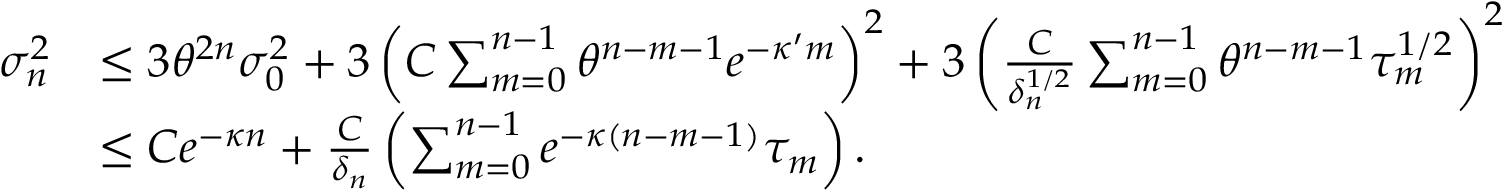
\begin{array} { r l } { \sigma _ { n } ^ { 2 } } & { \leq 3 \theta ^ { 2 n } \sigma _ { 0 } ^ { 2 } + 3 \left( C \sum _ { m = 0 } ^ { n - 1 } \theta ^ { n - m - 1 } e ^ { - \kappa ^ { \prime } m } \right) ^ { 2 } + 3 \left( \frac { C } { \delta _ { n } ^ { 1 / 2 } } \sum _ { m = 0 } ^ { n - 1 } \theta ^ { n - m - 1 } \tau _ { m } ^ { 1 / 2 } \right) ^ { 2 } } \\ & { \leq C e ^ { - \kappa n } + \frac { C } { \delta _ { n } } \left( \sum _ { m = 0 } ^ { n - 1 } e ^ { - \kappa ( n - m - 1 ) } \tau _ { m } \right) . } \end{array}